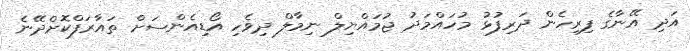
އަދި އޭނާގެ ފިރިހެން ދަރިފުޅު މުހައްމަދު ޖުމައްޔިލް ނިމާލް ދިވެހި އޯޑިއެންސަށް ތައާރަފްކޮށްދޭނެ